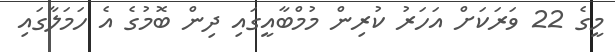
މީގެ 22 ވަރަކަށް އަހަރު ކުރިން މުމްބާއީގައި ދިން ބޮމުގެ އެ ހަމަލާގައި